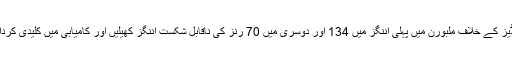
ویسٹ انڈیز کے خلاف ملبورن میں پہلی اننگز میں 134 اور دوسری میں 70 رنز کی ناقابل شکست اننگز کھیلیں اور کامیابی میں کلیدی کردار ادا کیا۔